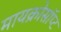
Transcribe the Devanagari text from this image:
मायक्रोसॉप्ट